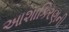
આશાકિરણની